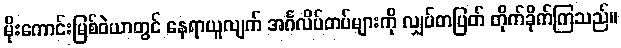
မိုးကောင်းမြစ်ဝဲယာတွင် နေရာယူလျက် အင်္ဂလိပ်တပ်များကို လျှပ်တပြတ် တိုက်ခိုက်ကြသည်။